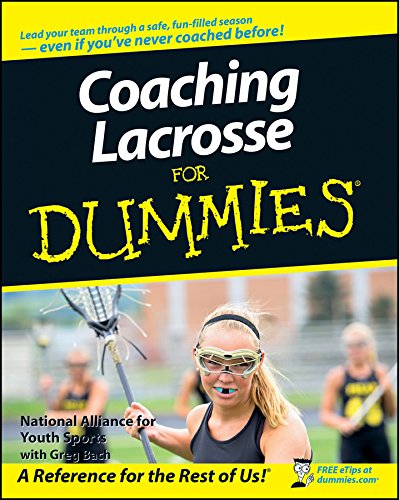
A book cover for Coaching Lacrosse For Dummies; National Alliance for Youth Sports; Sports & Outdoors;